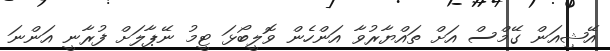
އޭޝިއަން ގޭމްސް އަށް ތައްޔާރުވާ އަންހެން ވޮލީބޯޅަ ޓީމު ނޭޕާލަށް ފުރާނީ އަންނަ